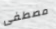
مصطفى